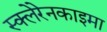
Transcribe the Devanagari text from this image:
स्क्लेरेनकाइमा